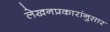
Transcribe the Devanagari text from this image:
लेखनप्रकारांनुसार